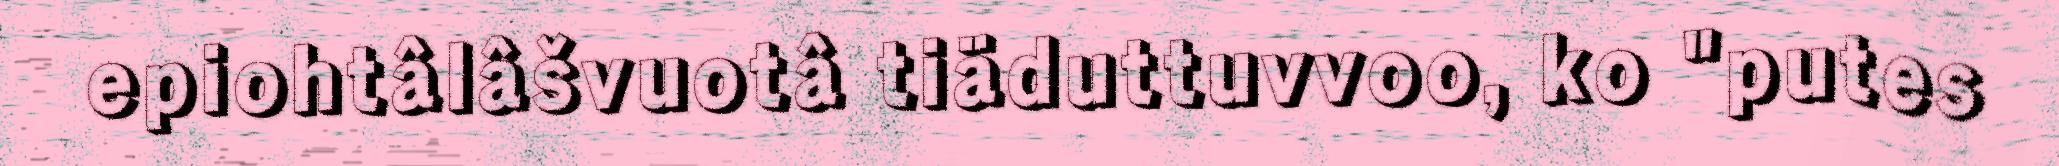
epiohtâlâšvuotâ tiäduttuvvoo, ko "putes